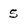
Character: 5